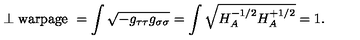
\perp \mathrm { w a r p a g e \ } = \int \sqrt { - g _ { \tau \tau } g _ { \sigma \sigma } } = \int \sqrt { H _ { A } ^ { - 1 / 2 } H _ { A } ^ { + 1 / 2 } } = 1 .